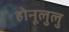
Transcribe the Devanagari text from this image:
होनूलुलु